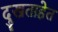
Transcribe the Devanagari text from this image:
दुखताहेत